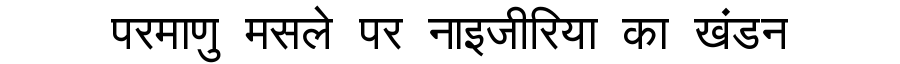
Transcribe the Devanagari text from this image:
परमाणु मसले पर नाइजीरिया का खंडन